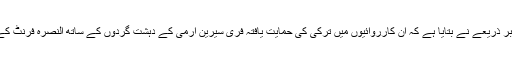
شامی فوج سے وابستہ ایک باخبر ذریعے نے بتایا ہے کہ ان کارروائیوں میں ترکی کی حمایت یافتہ فری سیرین آرمی کے دہشت گردوں کے ساتھ النصرہ فرنٹ کے دہشت گرد بھی موجود تھے ۔